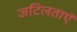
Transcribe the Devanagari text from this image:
जटिलताएॅ